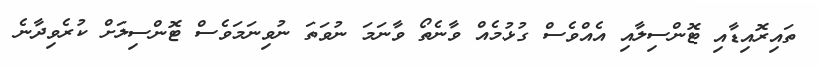
ތައިރޮއިޑާއި ޓޮންސިލާއި އެއްވެސް ގުޅުމެއް ވާނެތޯ ވާނަމަ ނުވަތަ ނުވިނަމަވެސް ޓޮންސިލަށް ކުރެވިދާނެ